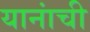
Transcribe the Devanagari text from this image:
यानांची